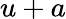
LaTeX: u+a